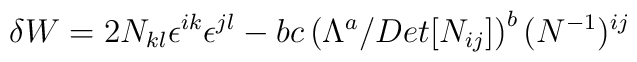
{\delta W}= 2 N_{kl} \epsilon^{ik}\epsilon^{jl} - bc\left(\Lambda^a/Det[N_{ij}]\right)^b (N ^{-1})^{ij}